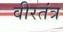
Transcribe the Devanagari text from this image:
वीरतंत्र